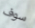
سوف